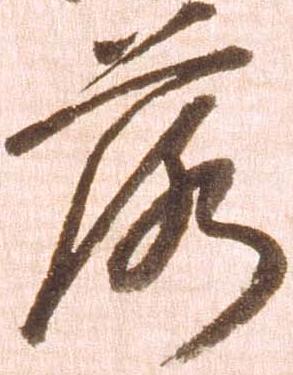
落